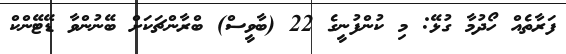
ފަރާތެއް ހޯދުމާ ގުޅޭ: މި ކުންފުނީގެ 22 (ބާވީސް) ބްރާންޗަކަށް ބޭނުންވާ ޑޭޓޭންކް